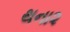
થના૨